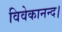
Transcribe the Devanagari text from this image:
विवेकानन्द।